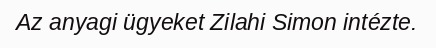
Az anyagi ügyeket Zilahi Simon intézte.